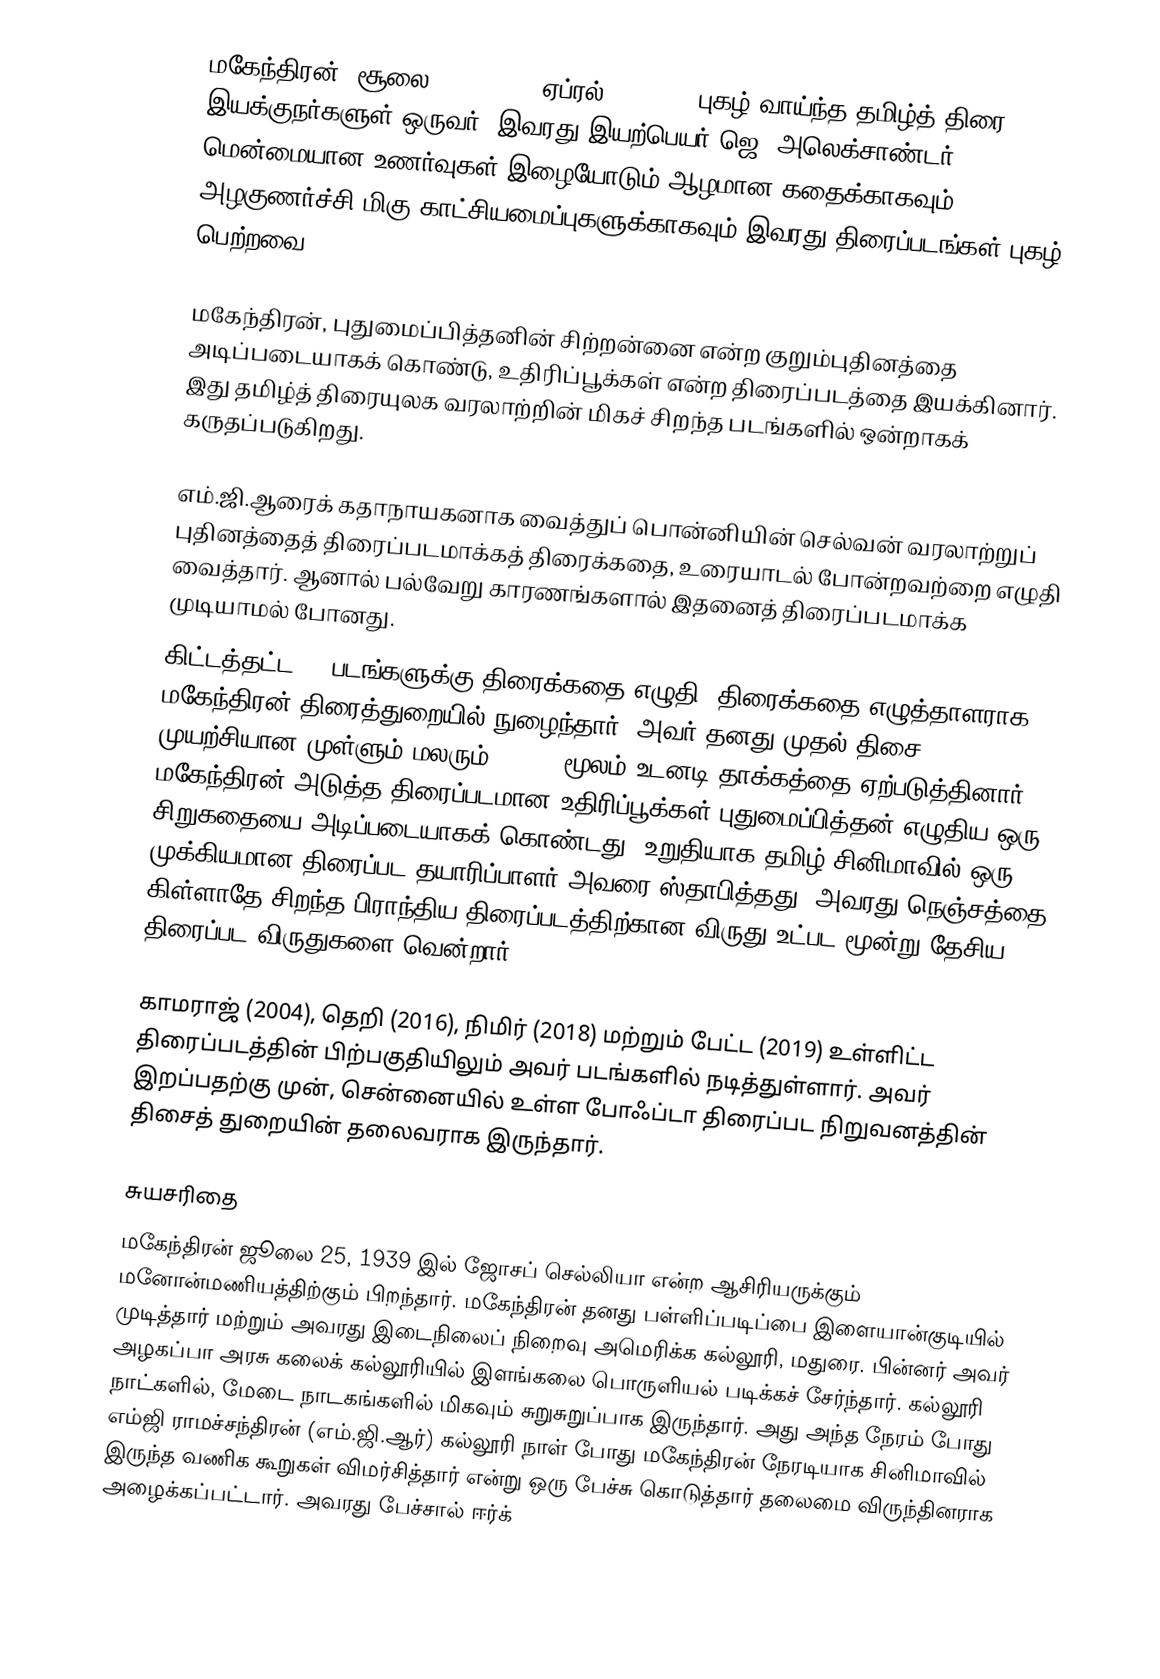
மகேந்திரன் (சூலை 25, 1939 — ஏப்ரல் 2, 2019) புகழ் வாய்ந்த தமிழ்த் திரை இயக்குநர்களுள் ஒருவர். இவரது இயற்பெயர் ஜெ. அலெக்சாண்டர். மென்மையான உணர்வுகள் இழையோடும் ஆழமான கதைக்காகவும், அழகுணர்ச்சி மிகு காட்சியமைப்புகளுக்காகவும் இவரது திரைப்படங்கள் புகழ் பெற்றவை.

மகேந்திரன், புதுமைப்பித்தனின் சிற்றன்னை என்ற குறும்புதினத்தை அடிப்படையாகக் கொண்டு, உதிரிப்பூக்கள் என்ற திரைப்படத்தை இயக்கினார். இது தமிழ்த் திரையுலக வரலாற்றின் மிகச் சிறந்த படங்களில் ஒன்றாகக் கருதப்படுகிறது.

எம்.ஜி.ஆரைக் கதாநாயகனாக வைத்துப் பொன்னியின் செல்வன் வரலாற்றுப் புதினத்தைத் திரைப்படமாக்கத் திரைக்கதை, உரையாடல் போன்றவற்றை எழுதி வைத்தார். ஆனால் பல்வேறு காரணங்களால் இதனைத் திரைப்படமாக்க முடியாமல் போனது.
கிட்டத்தட்ட 26 படங்களுக்கு திரைக்கதை எழுதி, திரைக்கதை எழுத்தாளராக மகேந்திரன் திரைத்துறையில் நுழைந்தார். அவர் தனது முதல் திசை முயற்சியான முள்ளும் மலரும் (1978) மூலம் உடனடி தாக்கத்தை ஏற்படுத்தினார் . மகேந்திரன் அடுத்த திரைப்படமான உதிரிப்பூக்கள் புதுமைப்பித்தன் எழுதிய ஒரு சிறுகதையை அடிப்படையாகக் கொண்டது, உறுதியாக தமிழ் சினிமாவில் ஒரு முக்கியமான திரைப்பட தயாரிப்பாளர் அவரை ஸ்தாபித்தது. அவரது நெஞ்சத்தை கிள்ளாதே சிறந்த பிராந்திய திரைப்படத்திற்கான விருது உட்பட மூன்று தேசிய திரைப்பட விருதுகளை வென்றார் .

காமராஜ் (2004), தெறி (2016), நிமிர் (2018) மற்றும் பேட்ட (2019) உள்ளிட்ட திரைப்படத்தின் பிற்பகுதியிலும் அவர் படங்களில் நடித்துள்ளார். அவர் இறப்பதற்கு முன், சென்னையில் உள்ள போஃப்டா திரைப்பட நிறுவனத்தின் திசைத் துறையின் தலைவராக இருந்தார்.

சுயசரிதை
மகேந்திரன் ஜூலை 25, 1939 இல்  ஜோசப் செல்லியா என்ற ஆசிரியருக்கும் மனோன்மணியத்திற்கும் பிறந்தார். மகேந்திரன் தனது பள்ளிப்படிப்பை இளையான்குடியில் முடித்தார்  மற்றும் அவரது இடைநிலைப் நிறைவு அமெரிக்க கல்லூரி, மதுரை. பின்னர் அவர்  அழகப்பா அரசு கலைக் கல்லூரியில் இளங்கலை பொருளியல் படிக்கச் சேர்ந்தார். கல்லூரி நாட்களில், மேடை நாடகங்களில் மிகவும் சுறுசுறுப்பாக இருந்தார். அது அந்த நேரம் போது எம்ஜி ராமச்சந்திரன் (எம்.ஜி.ஆர்) கல்லூரி நாள் போது மகேந்திரன் நேரடியாக சினிமாவில் இருந்த வணிக கூறுகள் விமர்சித்தார் என்று ஒரு பேச்சு கொடுத்தார் தலைமை விருந்தினராக அழைக்கப்பட்டார். அவரது பேச்சால் ஈர்க்